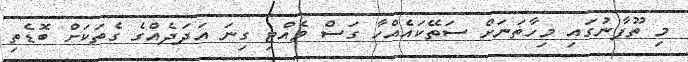
މި ތޫފާނުގައި މިހާތަނަށް ސަތޭކައެއްހާ ގަސް ވެއްޓި ގިނަ އަދަދެއްގެ ގެތަކަށް ބޮޑެތި